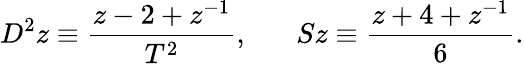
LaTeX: D^{2}z\equiv\frac{z-2+z^{-1}}{T^{2}},\; \; \; \; \; \; Sz\equiv\frac{z+4+z^{-1}}6.